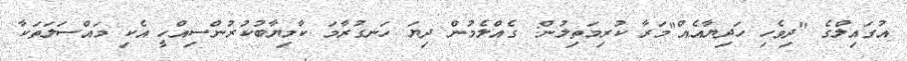
އުގައިލްގެ "ދިވެހި ހަދިޔާއެއް"މަރާ ކުރިމަތިލުން: ގެއްލެމުން ދިޔަ ހަނގުރާމަ ކާމިޔާބުކުރުންސިއްހީ އެކި މައްސަލަތަކާ